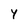
Character: Y